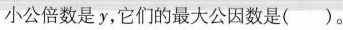
小公倍数是y，它们的最大公因数是( )。